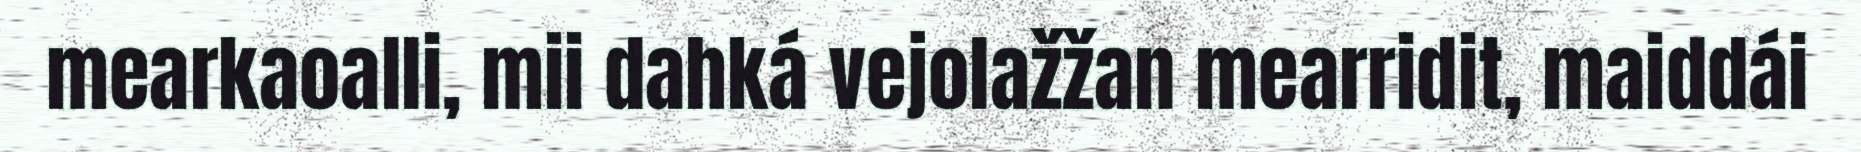
mearkaoalli, mii dahká vejolažžan mearridit, maiddái